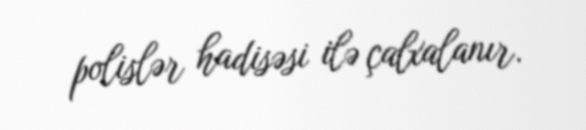
polislər hadisəsi ilə çalxalanır.